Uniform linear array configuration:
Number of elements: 16
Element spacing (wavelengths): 1
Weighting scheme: hann
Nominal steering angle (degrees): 60
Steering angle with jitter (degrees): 58.073
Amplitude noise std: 0.05
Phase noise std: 0.05

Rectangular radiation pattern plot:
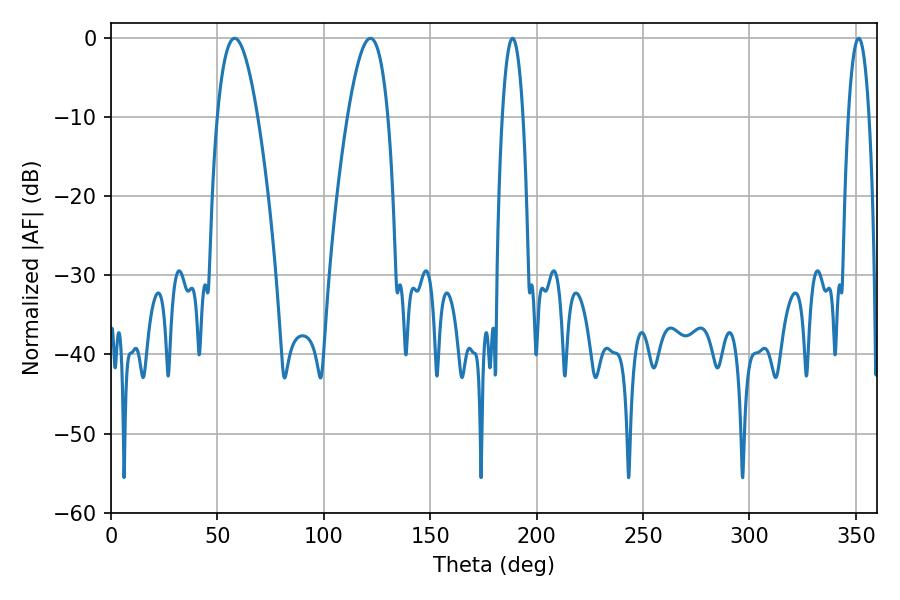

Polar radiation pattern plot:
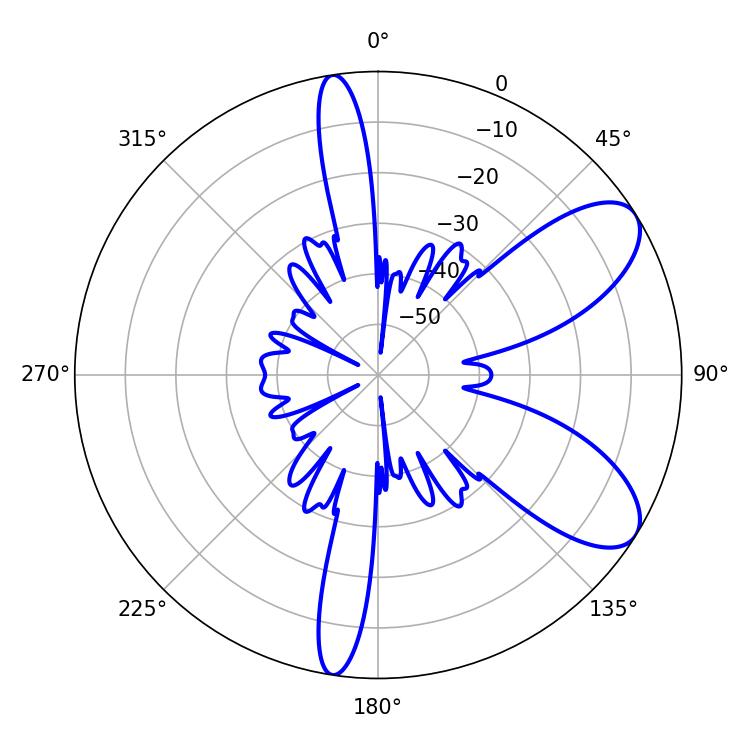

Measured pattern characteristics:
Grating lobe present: TRUE
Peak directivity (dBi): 8.198
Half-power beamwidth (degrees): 10.44
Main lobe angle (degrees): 58.14